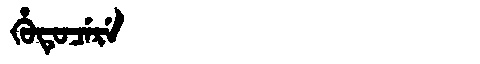
Manchu: ᡥᡠᡨᡠᠴᡝᡵᡝ
Romanization: HUTUCERE